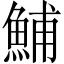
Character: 鯆